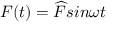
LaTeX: F ( t ) = { \widehat { F } } s i n \omega t